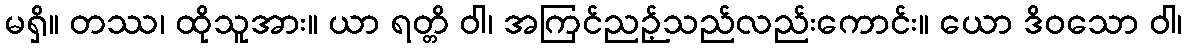
မရှိ။ တဿ၊ ထိုသူအား။ ယာ ရတ္တိ ဝါ၊ အကြင်ညဉ့်သည်လည်းကောင်း။ ယော ဒိဝသော ဝါ၊